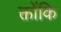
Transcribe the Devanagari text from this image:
क्तोंकि